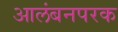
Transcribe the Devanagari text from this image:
आलंबनपरक